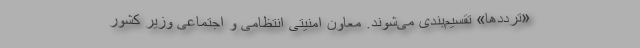
«ترددها» تقسیم‌بندی می‌شوند. معاون امنیتی انتظامی و اجتماعی وزیر کشور